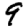
Digit: 9